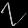
Digit: ၇